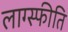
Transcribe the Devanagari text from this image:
लाग्स्फीति